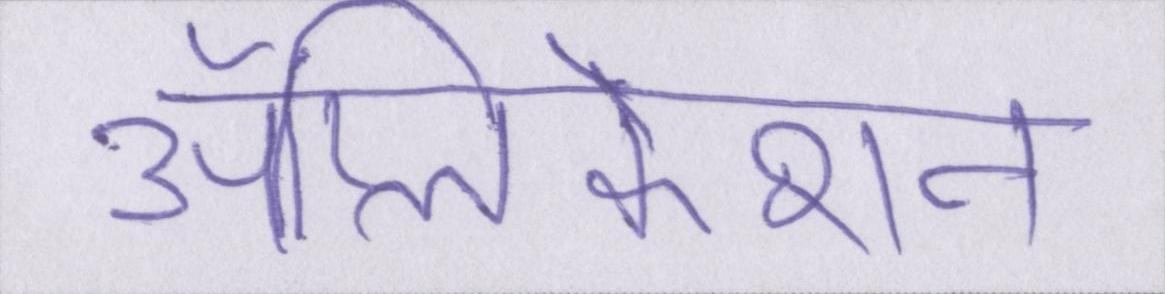
ॲप्लिकेशन